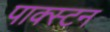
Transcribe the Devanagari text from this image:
पाक्स्टन